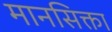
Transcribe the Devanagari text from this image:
मानसिक्ता